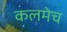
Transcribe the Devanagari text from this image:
कलमेच